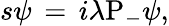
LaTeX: s\psi\, =\, i\lambda\mathrm{P}_{-}\psi,